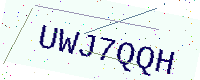
Text: UWJ7QQH